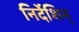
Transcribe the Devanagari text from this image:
निर्देशिन्